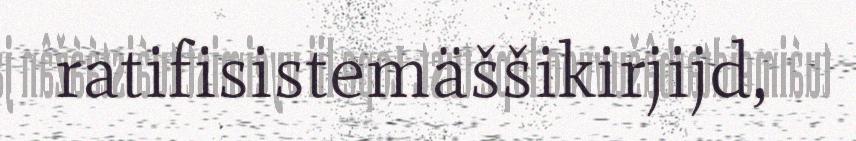
ratifisistemäššikirjijd,